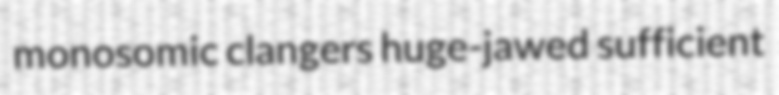
monosomic clangers huge-jawed sufficient